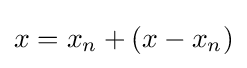
x=x_{n}+(x-x_{n})